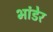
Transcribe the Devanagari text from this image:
भांडेर